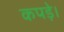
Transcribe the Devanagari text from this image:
कपड़े।